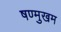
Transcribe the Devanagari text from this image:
षण्मुखम